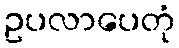
ဥပလာပေတုံ